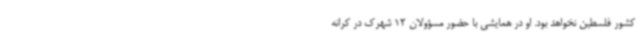
کشور فلسطین نخواهد بود. او در همایشی با حضور مسؤولان 12 شهرک در کرانه